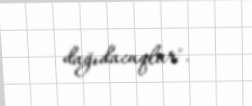
dağıdacaqlar".